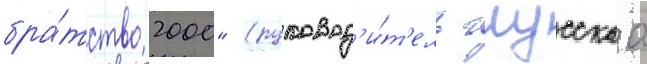
бра́тство 2000" (руковод'и́т'ель глусскаа